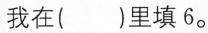
我在( )里填6。